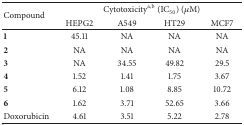
<table><thead><tr><td rowspan="2"><b>Compound</b></td><td colspan="4"><b>Cytotoxicity<sup>a,b</sup> (IC<sub>50</sub>) (<i>μ</i>M)</b></td></tr><tr><td><b>HEPG2</b></td><td><b>A549</b></td><td><b>HT29</b></td><td><b>MCF7</b></td></tr></thead><tbody><tr><td><b>1</b></td><td>45.11</td><td>NA</td><td>NA</td><td>NA</td></tr><tr><td><b>2</b></td><td>NA</td><td>NA</td><td>NA</td><td>NA</td></tr><tr><td><b>3</b></td><td>NA</td><td>34.55</td><td>49.82</td><td>29.5</td></tr><tr><td><b>4</b></td><td>1.52</td><td>1.41</td><td>1.75</td><td>3.67</td></tr><tr><td><b>5</b></td><td>6.12</td><td>1.08</td><td>8.85</td><td>10.72</td></tr><tr><td><b>6</b></td><td>1.62</td><td>3.71</td><td>52.65</td><td>3.66</td></tr><tr><td>Doxorubicin</td><td>4.61</td><td>3.51</td><td>5.22</td><td>2.78</td></tr></tbody></table>